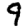
Digit: 9